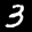
Label: 3